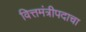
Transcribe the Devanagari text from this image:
वित्तमंत्रीपदाचा